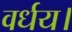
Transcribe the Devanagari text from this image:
वर्धय।